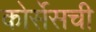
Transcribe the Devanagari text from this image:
कोर्सेसची